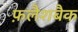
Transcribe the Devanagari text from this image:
फ़लैशबैक